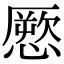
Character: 憠